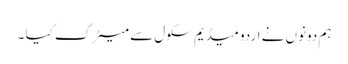
ہم دونوں نے اردو میڈیم سکول سے میٹرک کیا ۔